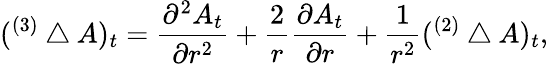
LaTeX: ({}^{(3)}\bigtriangleup A)_{t}={\frac{\partial^{2}A_{t}}{\partial r^{2}}}+{\frac{2}{r}}{\frac{\partial A_{t}}{\partial r}}+{\frac{1}{r^{2}}}({}^{(2)}\bigtriangleup A)_{t},